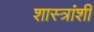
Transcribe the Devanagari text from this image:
शास्त्रांशी